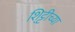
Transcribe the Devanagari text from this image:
शि्ट्टीच्या